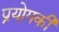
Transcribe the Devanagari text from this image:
प्रयोगकी